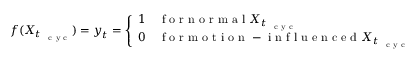
\boldsymbol f ( \boldsymbol X _ { t _ { \mathrm { ~ \scriptsize ~ c ~ y ~ c ~ } } } ) = \boldsymbol y _ { t } = \left\{ \begin{array} { c l } { 1 } & { \mathrm { ~ f ~ o ~ r ~ n ~ o ~ r ~ m ~ a ~ l ~ } \boldsymbol X _ { t _ { \mathrm { ~ \scriptsize ~ c ~ y ~ c ~ } } } } \\ { 0 } & { \mathrm { ~ f ~ o ~ r ~ m ~ o ~ t ~ i ~ o ~ n ~ - ~ i ~ n ~ f ~ l ~ u ~ e ~ n ~ c ~ e ~ d ~ } \boldsymbol X _ { t _ { \mathrm { ~ \scriptsize ~ c ~ y ~ c ~ } } } } \end{array} \right.